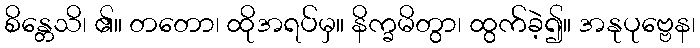
စိန္တေသိ၊ ၏။ တတော၊ ထိုအရပ်မှ။ နိက္ခမိတွာ၊ ထွက်ခဲ့၍။ အနုပုဗ္ဗေန၊